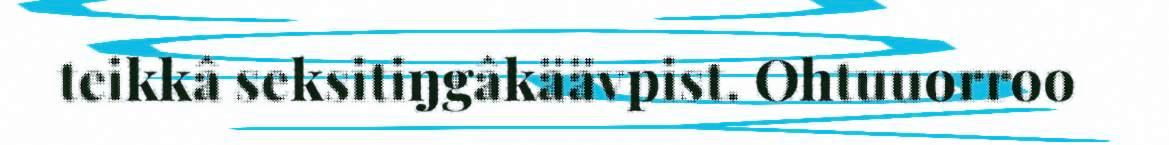
teikkâ seksitiŋgâkäävpist. Ohtuuorroo